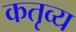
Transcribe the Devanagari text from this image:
कतृव्य